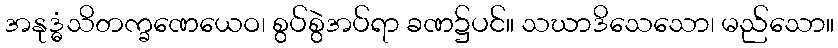
အနုဒ္ဓံသိတက္ခဏေယေဝ၊ စွပ်စွဲအပ်ရာ ခဏ၌ပင်။ သဃာဒိသေသော၊ မည်သော။